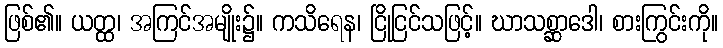
ဖြစ်၏။ ယတ္ထ၊ အကြင်အမျိုး၌။ ကသိရေန၊ ငြိုငြင်သဖြင့်။ ဃာသစ္ဆာဒေါ၊ စားကြွင်းကို။